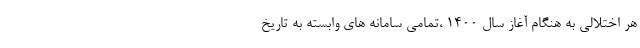
هر اختلالی به هنگام آغاز سال 1400 ،تمامی سامانه های وابسته به تاریخ